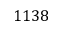
1 1 3 8